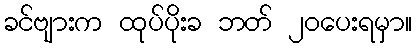
ခင်ဗျားက ထုပ်ပိုးခ ဘတ် ၂၀ပေးရမှာ။